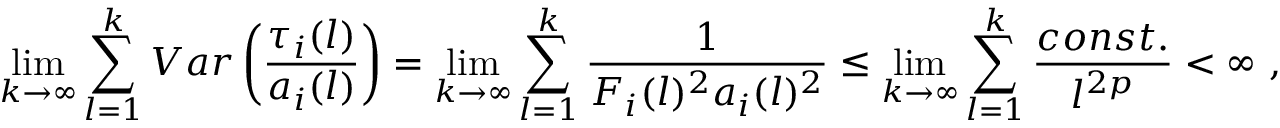
\operatorname* { l i m } _ { k \to \infty } \sum _ { l = 1 } ^ { k } V a r \left( \frac { \tau _ { i } ( l ) } { a _ { i } ( l ) } \right) = \operatorname* { l i m } _ { k \to \infty } \sum _ { l = 1 } ^ { k } \frac { 1 } { F _ { i } ( l ) ^ { 2 } a _ { i } ( l ) ^ { 2 } } \le \operatorname* { l i m } _ { k \to \infty } \sum _ { l = 1 } ^ { k } \frac { c o n s t . } { l ^ { 2 p } } < \infty \ ,